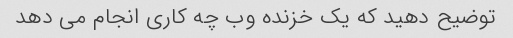
توضیح دهید که یک خزنده وب چه کاری انجام می دهد